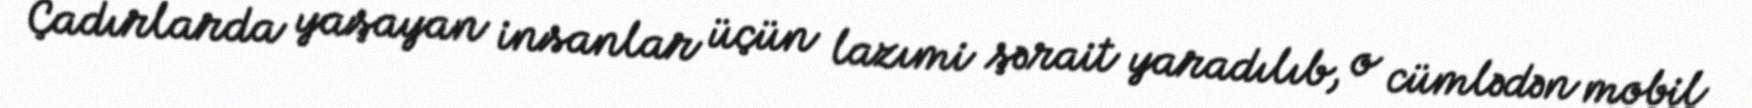
Çadırlarda yaşayan insanlar üçün lazımi şərait yaradılıb, o cümlədən mobil